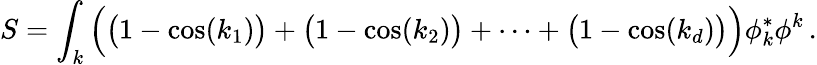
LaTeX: S=\int_{k}{\Big(}{\big(}1-\cos(k_{1}){\big)}+{\big(}1-\cos(k_{2}){\big)}+\cdots+{\big(}1-\cos(k_{d}){\big)}{\Big)}\phi_{k}^{*}\phi^{k}\, .